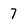
Character: 7